Report on the Civil Veterinary Department, Eastern Bengal and Assam - 1907-1911
Year: 1907
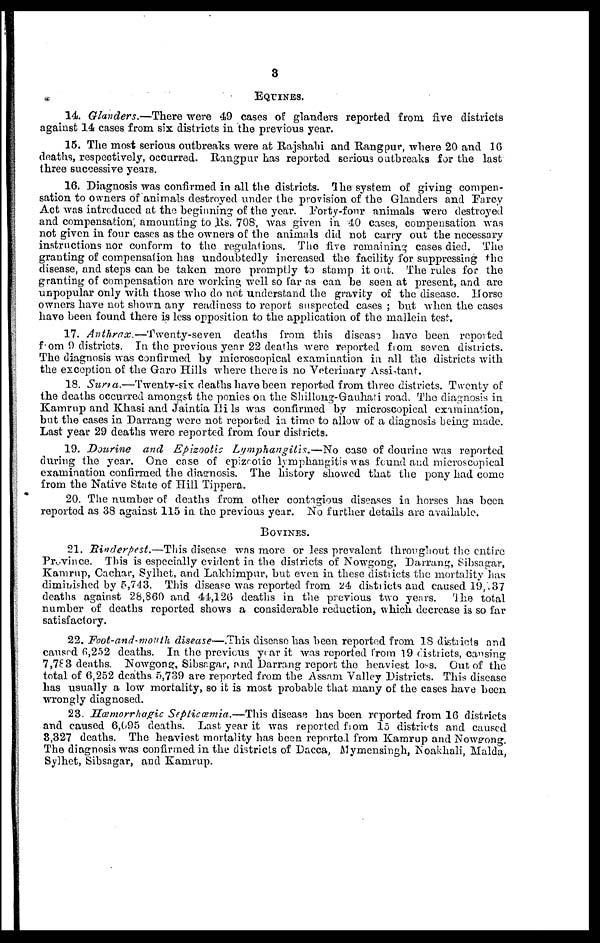
3
EQUINES.
14. Glanders.—There
were 49 cases of glanders reported from five districts
against 14 cases from six districts in the previous year.
15. The most serious outbreaks were at Rajshahi and Rangpur, where 20 and 16
deaths, respectively, occurred. Rangpur has reported serious outbreaks for the last
three successive years.
16. Diagnosis was confirmed in all the districts. The system of giving compen-
sation to owners of animals destroyed under the provision of the Glanders and Farcy
Act was introduced at the beginning of the year. Forty-four animals were destroyed
and compensation, amounting to Rs. 708, was given in 40 cases, compensation was
not given in four cases as the owners of the animals did not carry out the necessary
instructions nor conform to the regulations. The five remaining cases died. The
granting of compensation has undoubtedly increased the facility for suppressing the
disease, and steps can be taken more promptly to stamp it out. The rules for the
granting of compensation are working well so far as can be seen at present, and are
unpopular only with those who do not understand the gravity of the disease. Horse
owners have not shown any readiness to report suspected cases; but when the cases
have been found there is less opposition to the application of the mallein test.
17. Anthrax.—Twenty-seven
deaths from this disease have been reported
from 9 districts. In the previous year 22 deaths were reported from seven districts.
The diagnosis was confirmed by microscopical examination in all the districts with
the exception of the Garo Hills where there is no Veterinary Assistant.
18. Surra.—Twenty-six
deaths have been reported from three districts. Twenty of
the deaths occurred amongst the ponies on the Shillong-Gauhati road. The diagnosis in
Kamrup and Khasi and Jaintia Hils was confirmed by microscopical examination,
but the cases in Darrang were not reported in time to allow of a diagnosis being made.
Last year 29 deaths were reported from four districts.
19. Dourine
and Epizootic
Lymphangitis.—No
case of do urine was reported
during the year. One case of epizootic lymphangitis was found and microscopical
examination confirmed the diagnosis. The history showed that the pony had come
from the Native State of Hill Tippera.
20. The number of deaths from other contagious diseases in horses has been
reported as 38 against 115 in the previous year. No further details are available.
BOVINES.
21. Rinderpest.—This
disease was more or less prevalent throughout the entire
Province. This is especially evident in the districts of Nowgong, Darrang, Sibsagar,
Kamrup, Cachar, Sylhet, and Lakhimpur, but even in these districts the mortality has
diminished by 5,743. Tin's disease was reported from 24 districts and caused 19, 37
deaths against 28,860 and 41,126 deaths in the previous two years. The total
number of deaths reported shows a considerable reduction, which decrease is so far
satisfactory.
22. Foot-and-mouth disease—.This disease has been reported from 18 districts and
caused 6,252 deaths. In the previous year it was reported from 19 districts, cansing
7,763 deaths. Nowgong, Sibsagar, and Darrang report the heaviest loss. Out of the
total of 6,252 deaths 5,739 are reported from the Assam Valley Districts. This disease
has usually a low mortality, so it is most probable that many of the cases have been
wrongly diagnosed.
23. Hæmorrhagic Septicæmia.—This
disease has been reported from 16 districts
and caused 6,095 deaths. Last year it was reported from 15 districts and caused
3,327 deaths. The heaviest mortality has been reported from Kamrup and Nowgong.
The diagnosis was confirmed in the districts of Dacca, Mymensingh, Noakhali, Malda,
Sylhet, Sibsagar, and Kamrup.